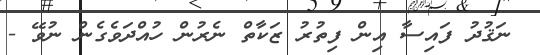
ނަޤުދު ފައިސާ އިން ފިތުރު ޒަކާތް ނެރުން ހުއްދަވެގެން ނުވޭ -